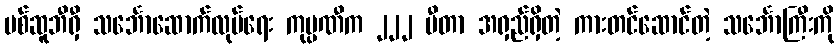
မစ်ဆူဘီရှီ သင်္ဘောဆောက်လုပ်ရေး ကုမ္ပဏီက ၂၂၂ မီတာ အရှည်ရှိတဲ့ ကားတင်ဆောင်တဲ့ သင်္ဘောကြီးကို